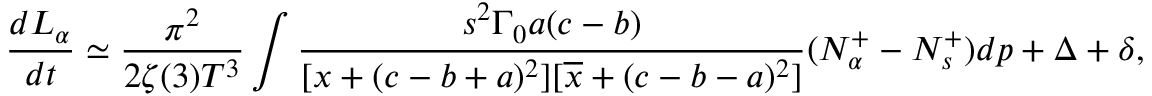
\frac { d L _ { \alpha } } { d t } \simeq \frac { \pi ^ { 2 } } { 2 \zeta ( 3 ) T ^ { 3 } } \int \frac { s ^ { 2 } \Gamma _ { 0 } a ( c - b ) } { [ x + ( c - b + a ) ^ { 2 } ] [ \overline { { { x } } } + ( c - b - a ) ^ { 2 } ] } ( N _ { \alpha } ^ { + } - N _ { s } ^ { + } ) d p + \Delta + \delta ,